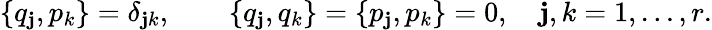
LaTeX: \{ q_{\mathbf{j}},p_{k}\} =\delta_{\mathbf{j}k},\qquad\{ q_{\mathbf{j}},q_{k}\} =\{ p_{\mathbf{j}},p_{k}\} =0,\quad\mathbf{j},k=1,\ldots,r.